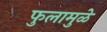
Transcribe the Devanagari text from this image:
फुलामुळे